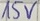
Text: 15V